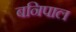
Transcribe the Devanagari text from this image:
बनिपाल